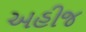
અહીજ